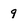
Character: 9